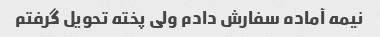
نیمه آماده سفارش دادم ولی پخته تحویل گرفتم